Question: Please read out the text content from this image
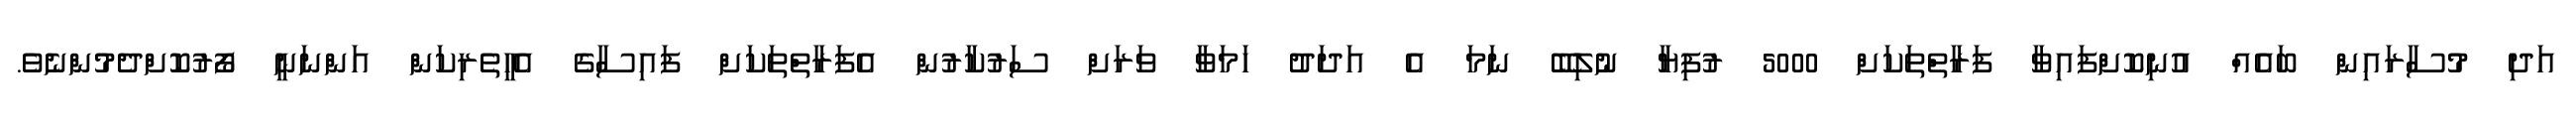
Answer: އަދި މުސާރައިން ބައެއް އުނިކޮށްފައިވާ ފަރާތްތަކަށް 5000 ރުފިޔާ ނުލިބޭ ނަމަ އެ އަދަދު ހަމަވާ ވަރަށް ސަރުކާރުން އެފަރާތްތަކަށް ފައިސާގެ އެހީތެރިކަން އަންނަނީ ފޯރުކޮށްދެމުންނެވެ.